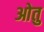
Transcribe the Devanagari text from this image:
ओतु